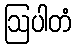
ဩပါတံ